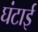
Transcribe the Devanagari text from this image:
घंटाई